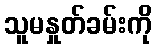
သူမနှုတ်ခမ်းကို